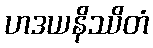
ဟဒယနိဿိတံ